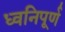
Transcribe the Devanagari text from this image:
ध्वनिपूर्ण